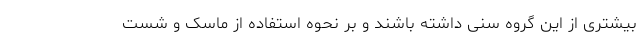
بیشتری از این گروه سنی داشته باشند و بر نحوه استفاده از ماسک و شست